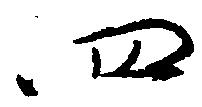
四